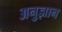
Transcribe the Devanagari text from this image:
अनुज्ञान